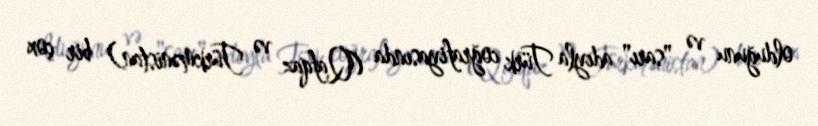
olduğunu və "sarı" adıyla Türk coğrafiyasında (Qafqaz və Türkmənistan) bir çox